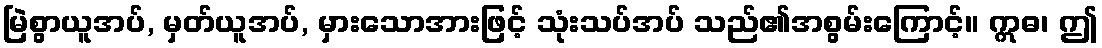
မြဲစွာယူအပ်, မှတ်ယူအပ်, မှားသောအားဖြင့် သုံးသပ်အပ် သည်၏အစွမ်းကြောင့်။ ဣဓ၊ ဤ